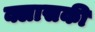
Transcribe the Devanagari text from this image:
क्लासकी